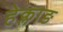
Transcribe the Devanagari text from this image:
हेक्लाङ